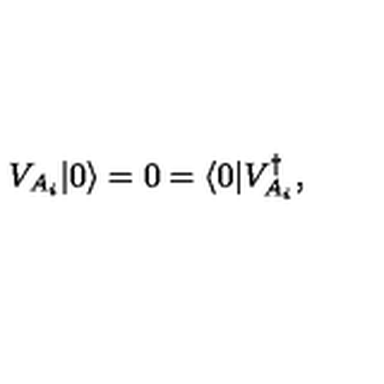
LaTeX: V _ { A _ { i } } \arrowvert 0 \rangle = 0 = \langle 0 \arrowvert V _ { A _ { i } } ^ { \dagger } ,